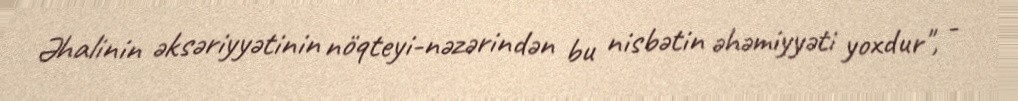
Əhalinin əksəriyyətinin nöqteyi-nəzərindən bu nisbətin əhəmiyyəti yoxdur", -